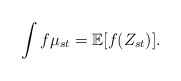
\begin{align*}\int f\mu_{st}=\mathbb{E}[f(Z_{st})].\end{align*}